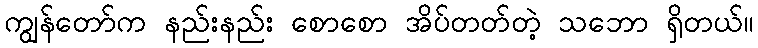
ကျွန်တော်က နည်းနည်း စောစော အိပ်တတ်တဲ့ သဘော ရှိတယ်။